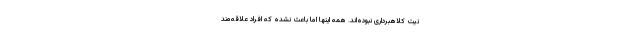
نیت کلاهبرداری نبوده‌اند. همه اینها اما باعث نشده که افراد علاقه‌مند